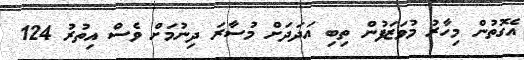
އެގޮތުން މިހާރު މުވަޒަފުން ތިބި އަދަދަށް މުސާރަ ދިނުމަށް ވެސް އިތުރު 124